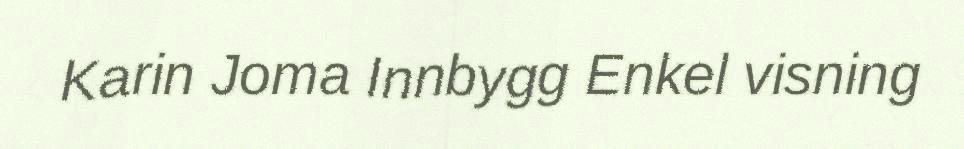
Karin Joma Innbygg Enkel visning